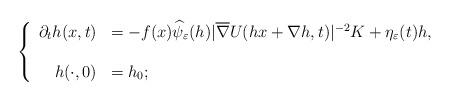
LaTeX: \begin{align*}\left\{\begin{array}{rl}\partial_th(x,t)&=-f(x)\widehat{\psi}_\varepsilon(h)|\overline{\nabla} U(hx+\nabla h,t)|^{-2} K+\eta_\varepsilon(t)h,\\\\h(\cdot,0)&=h_0;\end{array}\right.\end{align*}